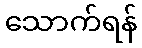
သောက်ရန်